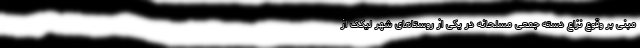
مبنی بر وقوع نزاع دسته جمعی مسلحانه در یکی از روستاهای شهر لیکک از